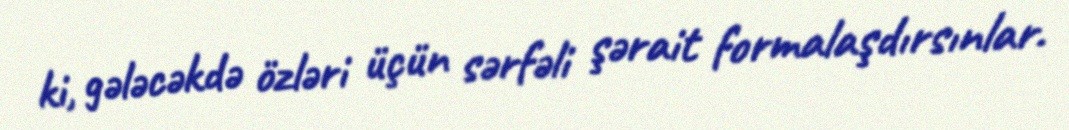
ki, gələcəkdə özləri üçün sərfəli şərait formalaşdırsınlar.